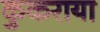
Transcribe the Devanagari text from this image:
कुकराया